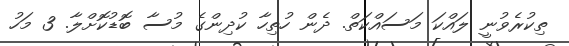
ތިކުރެވުނީ ލައްކަ މަސައްކަތް. ދެން ހުތިހާ ކުދިންގެ މުސާ ބޮޑުކޮށްލާ. 3 މަހު